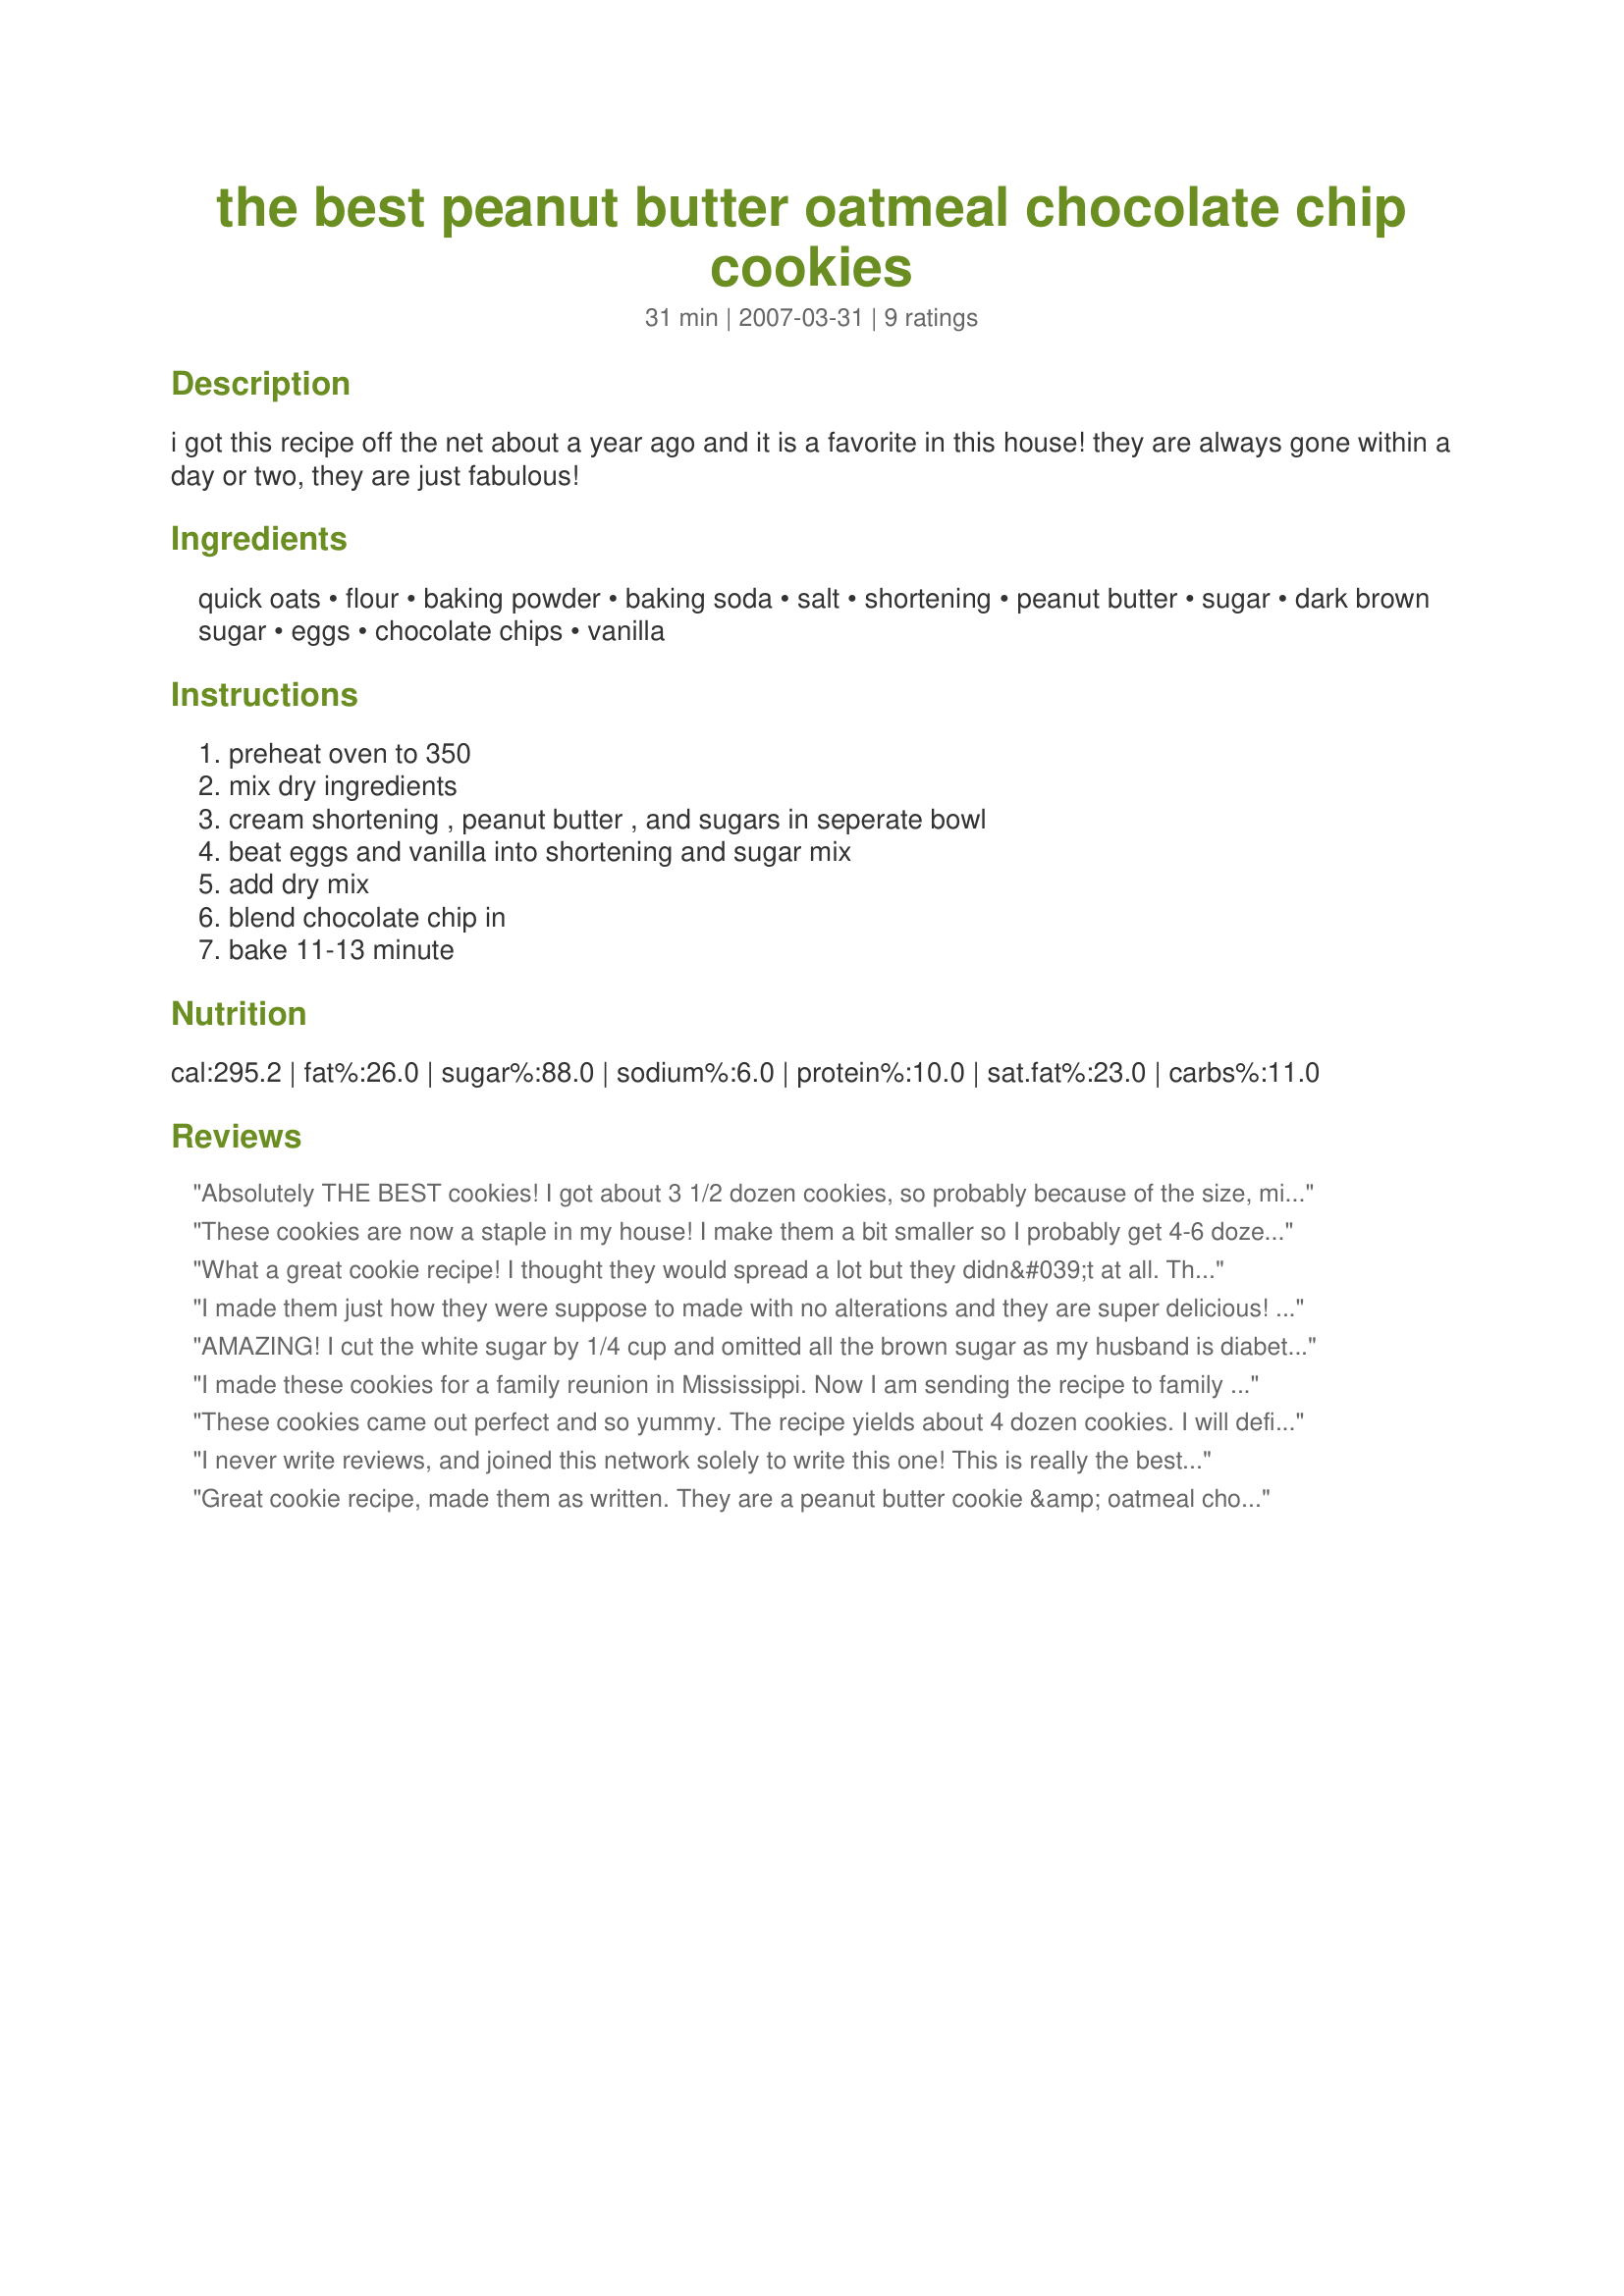
the best peanut butter oatmeal chocolate chip cookies
Preparation time: 31 minutes

i got this recipe off the net about a year ago and it is a favorite in this house! they are always gone within a day or two, they are just fabulous!

Ingredients:
quick oats, flour, baking powder, baking soda, salt, shortening, peanut butter, sugar, dark brown sugar, eggs, chocolate chips, vanilla

Steps:
preheat oven to 350, mix dry ingredients, cream shortening , peanut butter , and sugars in seperate bowl, beat eggs and vanilla into shortening and sugar mix, add dry mix, blend chocolate chip in, bake 11-13 minute

Reviews:
Absolutely THE BEST cookies! I got about 3 1/2 dozen cookies, so probably because of the size, mine were done in 10 minutes. Very easy to put together. I only had about 1/2 cup shortening so I had to add in 1/2 cup butter. The only minor point I would like to make is the peanut butter is not mentioned in the directions. I added it in step 3 with the shortening/butter and sugars. Have to say, these don't last very long! Thank you for sharing this wonderful recipe, definitely will be making it again! Made for PAC Spring '08.
These cookies are now a staple in my house! I make them a bit smaller so I probably get 4-6 dozen small ones but they don't last long. The cookie is all the best cookies wrapped up into one - a peanut butter cookie, an oatmeal cookie & a chocolate chip cookie! 
Thanks for sharing!
What a great cookie recipe! I thought they would spread a lot but they didn&#039;t at all. The batter seemed very loose to me so I really thought they would spread. Must be the shortening that keeps them from spreading. The final texture was delightful! I didn&#039;t even add the chocolate chips and my husband and son both loved them. Great recipe! Thanks!
I made them just how they were suppose to made with no alterations and they are super delicious! I noticed a bump in my supply the same day.
AMAZING! I cut the white sugar by 1/4 cup and omitted all the brown sugar as my husband is diabetic and they turned out SO GOOD!
I made these cookies for a family reunion in Mississippi. Now I am sending the recipe to family members in Indiana and Florida. Everyone raved about these cookies. I found that it is best to transfer the baked cookie from the cookie sheet to a plate instead of a wired rack to cool. I used 1 stick of butter and 1/2 cup of shortening instead of 1 cup of shortening which resulted in a buttery flavor.
These cookies came out perfect and so yummy. The recipe yields about 4 dozen cookies. I will definitely try these again.
I never write reviews, and joined this network solely to write this one! This is really the best cookie recipe ever. They are so good I have to get them out of my house or I will eat them all!!! Thank you for sharing the recipe!
Great cookie recipe, made them as written. They are a peanut butter cookie &amp; oatmeal chocolate chip all rolled into one cookie. Thank you.
